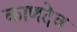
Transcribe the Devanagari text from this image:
काणदेव